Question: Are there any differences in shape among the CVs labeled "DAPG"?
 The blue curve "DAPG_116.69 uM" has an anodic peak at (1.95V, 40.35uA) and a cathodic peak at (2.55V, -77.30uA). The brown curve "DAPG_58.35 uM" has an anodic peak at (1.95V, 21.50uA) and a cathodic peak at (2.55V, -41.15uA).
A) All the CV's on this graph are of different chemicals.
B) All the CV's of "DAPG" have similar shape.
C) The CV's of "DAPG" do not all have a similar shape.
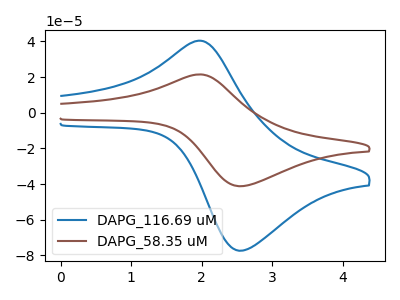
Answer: <think>All the peaks in "DAPG_116.69 uM" have a peak in "DAPG_58.35 uM" at the same potential. Every peak in "DAPG_116.69 uM" is higher than every peak in "DAPG_58.35 uM".
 </think>
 <answer>B) All the CV's of "DAPG" have similar shape.</answer>
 <eval>B</eval>